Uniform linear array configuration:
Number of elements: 8
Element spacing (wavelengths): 0.5
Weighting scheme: cosine
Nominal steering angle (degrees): -60
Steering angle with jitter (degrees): -58.959
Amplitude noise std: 0.05
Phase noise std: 0.05

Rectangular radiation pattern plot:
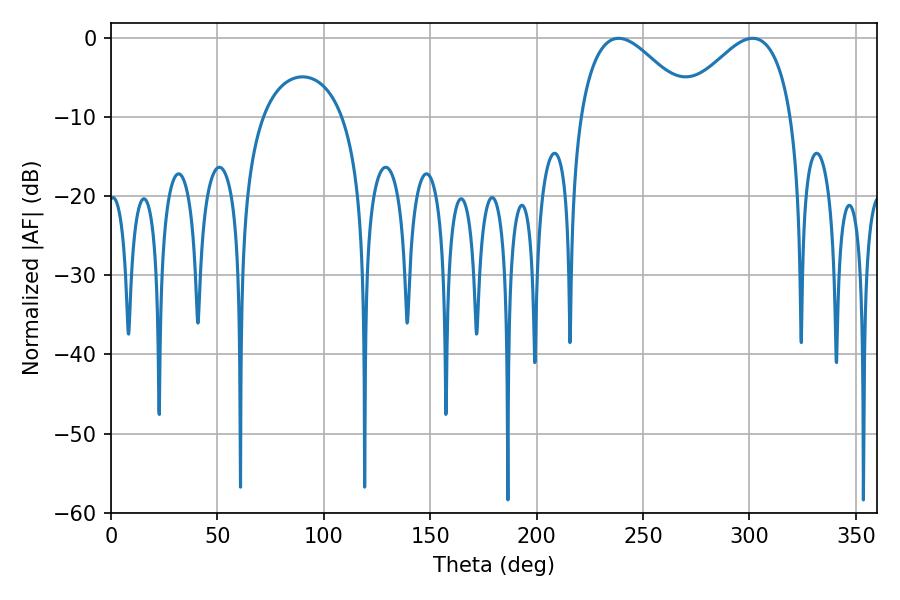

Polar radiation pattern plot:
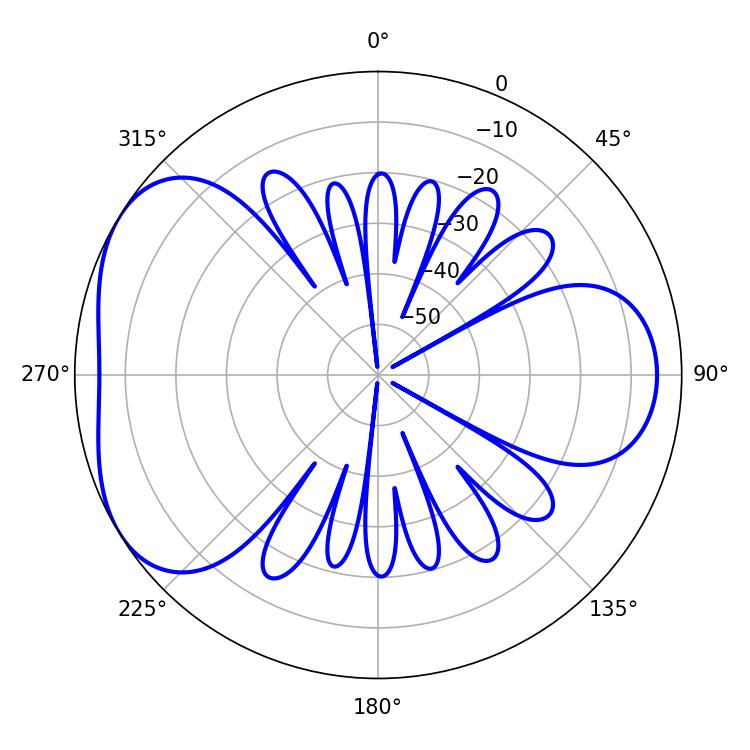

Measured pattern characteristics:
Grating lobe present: FALSE
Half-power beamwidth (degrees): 28.8
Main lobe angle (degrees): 238.5